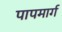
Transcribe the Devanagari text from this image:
पापमार्ग